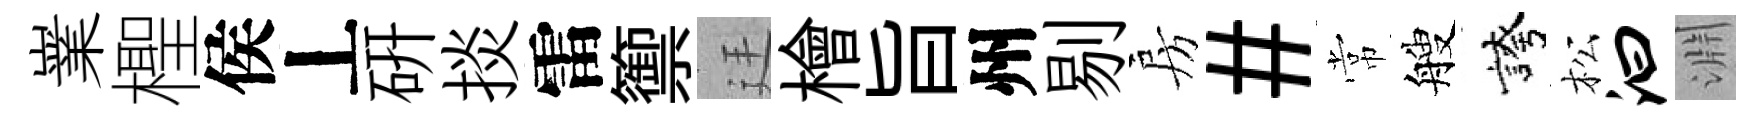
嶪檉侯丄硏掞雷籞廷檜旨州剔房#常艘誇松汩淵